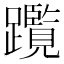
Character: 𨇣